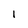
Character: I